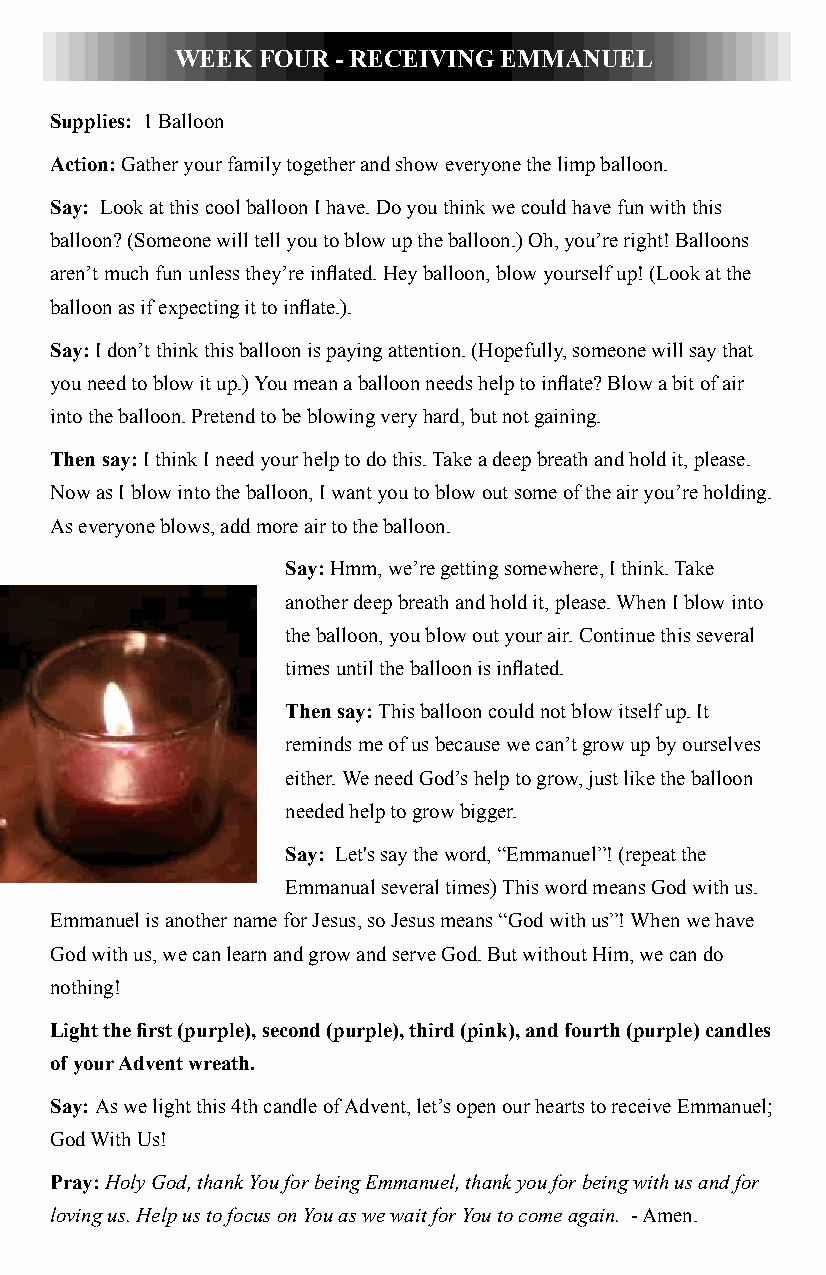
WEEK FOUR - RECEIVING EMMANUEL
 Supplies: 1 Balloon
 Action: Gather your family together and show everyone the limp balloon.
 Say: Look at this cool balloon I have. Do you think we could have fun with this
 balloon? (Someone will tell you to blow up the balloon.) Oh, you’re right! Balloons
 aren’t much fun unless they’re inflated. Hey balloon, blow yourself up! (Look at the
 balloon as if expecting it to inflate.).
 Say: I don’t think this balloon is paying attention. (Hopefully, someone will say that
 you need to blow it up.) You mean a balloon needs help to inflate? Blow a bit of air
 into the balloon. Pretend to be blowing very hard, but not gaining.
 Then say: I think I need your help to do this. Take a deep breath and hold it, please.
 Now as I blow into the balloon, I want you to blow out some of the air you’re holding.
 As everyone blows, add more air to the balloon.
 Say: Hmm, we’re getting somewhere, I think. Take
 another deep breath and hold it, please. When I blow into
 the balloon, you blow out your air. Continue this several
 times until the balloon is inflated.
 Then say: This balloon could not blow itself up. It
 reminds me of us because we can’t grow up by ourselves
 either. We need God’s help to grow, just like the balloon
 needed help to grow bigger.
 Say: Let's say the word, “Emmanuel”! (repeat the
 Emmanual several times) This word means God with us.
 Emmanuel is another name for Jesus, so Jesus means “God with us”! When we have
 God with us, we can learn and grow and serve God. But without Him, we can do
 nothing!
 Light the first (purple), second (purple), third (pink), and fourth (purple) candles
 of your Advent wreath.
 Say: As we light this 4th candle of Advent, let’s open our hearts to receive Emmanuel;
 God With Us!
 Pray: Holy God, thank You for being Emmanuel, thank you for being with us and for
 loving us. Help us to focus on You as we wait for You to come again. - Amen.